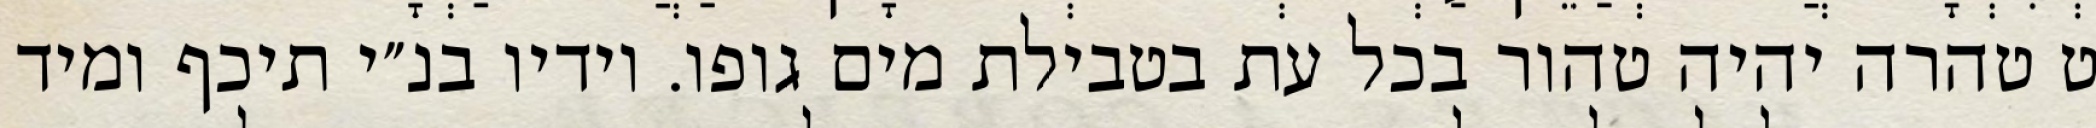
ט טהרה יהיה טהור בכל עת בטבילת מים גופו. וידיו בנ״י תיכף ומיד